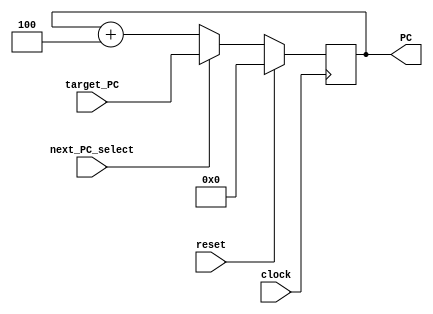
// Name: Mohammed Alsoughayer, Sean Brandenburg
// EC413 Project: Fetch Module

module fetch #(
  parameter ADDRESS_BITS = 16
) (
  input  clock,
  input  reset,
  input  next_PC_select,
  input  [ADDRESS_BITS-1:0] target_PC,
  output [ADDRESS_BITS-1:0] PC
);

reg [ADDRESS_BITS-1:0] PC_reg;

assign PC = PC_reg;

/******************************************************************************
*                      Start Your Code Here
******************************************************************************/

always@(posedge clock) begin
	
	if(reset) PC_reg <= 0;
	else if(next_PC_select) PC_reg <= target_PC;
	else PC_reg <= PC_reg + 16'b0000000000000100;

end

endmodule